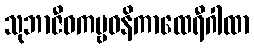
သုဘာဇီဝကမ္ဗဝနိကာထေရီဂါထာ